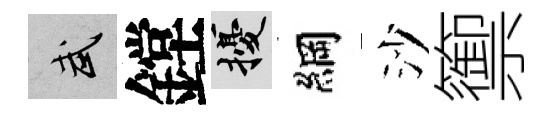
武鏜擾綱沙籞